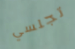
تجلسي